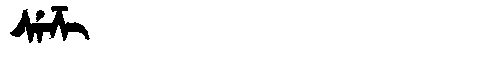
Manchu: ᠰᡝᡯᡳ
Romanization: SEDZI